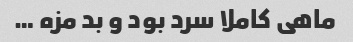
ماهی کاملا سرد بود و بد مزه …